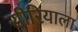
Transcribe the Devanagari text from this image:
सीरियाला